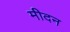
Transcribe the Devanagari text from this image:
मीदन